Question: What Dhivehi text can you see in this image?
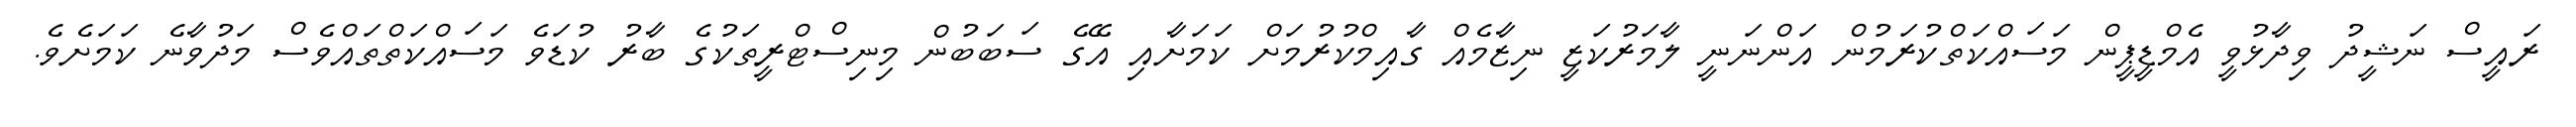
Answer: ރައީސް ނަޝީދު ވިދާޅުވީ އެމްޑީޕީން މަސައްކަތްކުރަމުން އަންނަނީ ލާމަރުކަޒީ ނިޒާމެއް ގާއިމްކުރުމަށް ކަމަށާއި އޭގެ ސަބަބުން މިނިސްޓްރީތަކުގެ ބާރު ކުޑަވެ މަސައްކަތްތައްވެސް މަދުވާނެ ކަމަށެވެ.